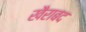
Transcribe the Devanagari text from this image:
खैराबद